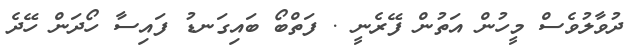
ދުވާލުވެސް މީހުން އަތުން ފޭރެނީ . ފަތްބޯ ބައިގަނޑު ފައިސާ ހޯދަން ހޭދެ